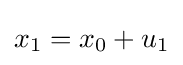
x_{1}=x_{0}+u_{1}